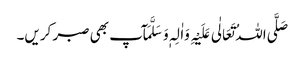
صَلَّی اللہُ تَعَالٰی عَلَیْہِ وَاٰلِہٖ وَسَلَّمَآپ بھی صبر کریں۔